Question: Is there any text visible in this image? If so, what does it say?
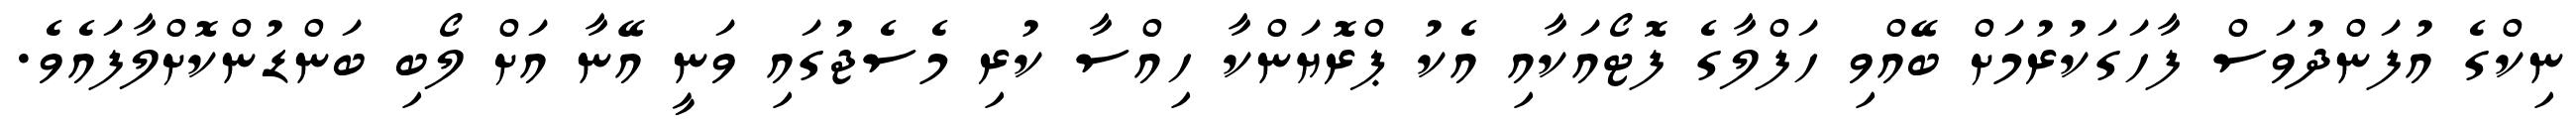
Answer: ނިކްގެ އުފަންދުވަސް ފާހަގަކުރުމަށް ބޭއްވި ހަފްލާގެ ފޮޓޯއަކާއި އެކު ޕްރޮޔަންކާ ހިއްސާ ކުރި މެސެޖުގައި ވަނީ އޭނާ އަށް ލޯބި ބަންޑުންކޮށްލާފައެވެ.